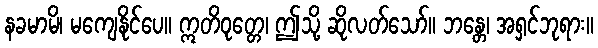
နခမာမိ၊ မကျေနိုင်ပေ။ ဣတိဝုတ္တေ၊ ဤသို့ ဆိုလတ်သော်။ ဘန္တေ၊ အရှင်ဘုရား။